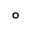
^ \circ